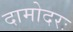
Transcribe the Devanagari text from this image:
दामोदरः